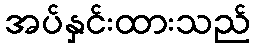
အပ်နှင်းထားသည်